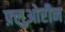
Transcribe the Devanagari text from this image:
फ़्लुओरीन